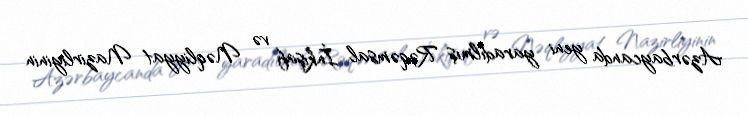
Azərbaycanda yeni yaradılmış Rəqəmsal İnkişaf və Nəqliyyat Nazirliyinin